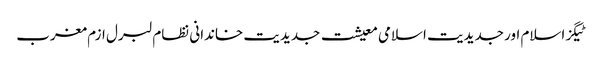
ٹیگزاسلام اور جدیدیت اسلامی معیشت جدیدیت خاندانی نظام لبرل ازم مغرب